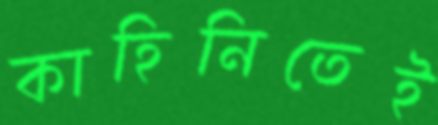
কাহিনিতেই